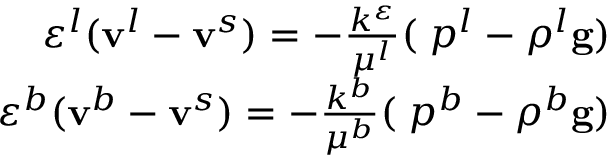
\begin{array} { r } { \varepsilon ^ { l } ( \mathbf { v } ^ { l } - \mathbf { v } ^ { s } ) = - \frac { k ^ { \varepsilon } } { \mu ^ { l } } ( \mathbf { \nabla } p ^ { l } - \rho ^ { l } \mathbf { g } ) } \\ { \varepsilon ^ { b } ( \mathbf { v } ^ { b } - \mathbf { v } ^ { s } ) = - \frac { k ^ { b } } { \mu ^ { b } } ( \mathbf { \nabla } p ^ { b } - \rho ^ { b } \mathbf { g } ) } \end{array}